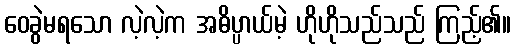
ဝေခွဲမရသော လဲ့လဲ့က အဓိပ္ပာယ်မဲ့ ဟိုဟိုသည်သည် ကြည့်၏။